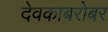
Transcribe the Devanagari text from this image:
देवकाबरोबर